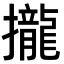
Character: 攏